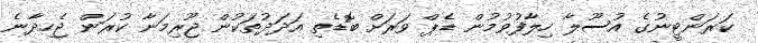
ކަރަންޓީނުގެ އުސޫލާ ހިލާފުވުމުން ޑެޕް ވަރަށް ބޮޑެތި އަދަދުތަކުން ޖޫރިމަނާ ކުރަން ޖެހިދާނެ